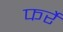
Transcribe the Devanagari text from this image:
फर्रे